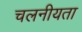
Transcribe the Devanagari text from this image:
चलनीयता